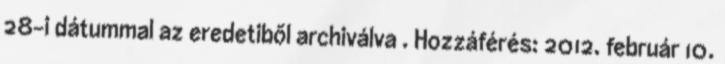
28-i dátummal az eredetiből archiválva . Hozzáférés: 2012. február 10.